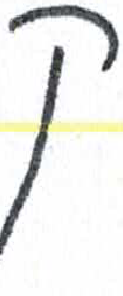
אות: ק